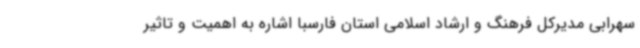
سهرابی مدیرکل فرهنگ و ارشاد اسلامی استان فارسبا اشاره به اهمیت و تاثیر